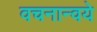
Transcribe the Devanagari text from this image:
वचनान्वये